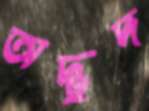
অদ্ভুদ